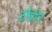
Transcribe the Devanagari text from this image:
दौडीत